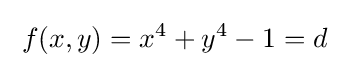
\;f(x,y)=x^{4}+y^{4}-1=d\;